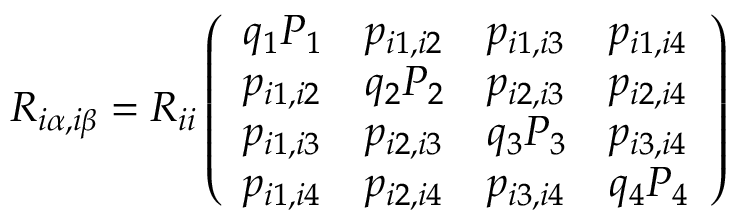
R _ { i \alpha , i \beta } = R _ { i i } \left( \begin{array} { l l l l } { q _ { 1 } P _ { 1 } } & { p _ { i 1 , i 2 } } & { p _ { i 1 , i 3 } } & { p _ { i 1 , i 4 } } \\ { p _ { i 1 , i 2 } } & { q _ { 2 } P _ { 2 } } & { p _ { i 2 , i 3 } } & { p _ { i 2 , i 4 } } \\ { p _ { i 1 , i 3 } } & { p _ { i 2 , i 3 } } & { q _ { 3 } P _ { 3 } } & { p _ { i 3 , i 4 } } \\ { p _ { i 1 , i 4 } } & { p _ { i 2 , i 4 } } & { p _ { i 3 , i 4 } } & { q _ { 4 } P _ { 4 } } \end{array} \right)